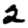
Digit: 2